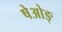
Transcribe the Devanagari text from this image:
षेओङ्